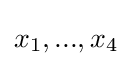
x_{1},...,x_{4}